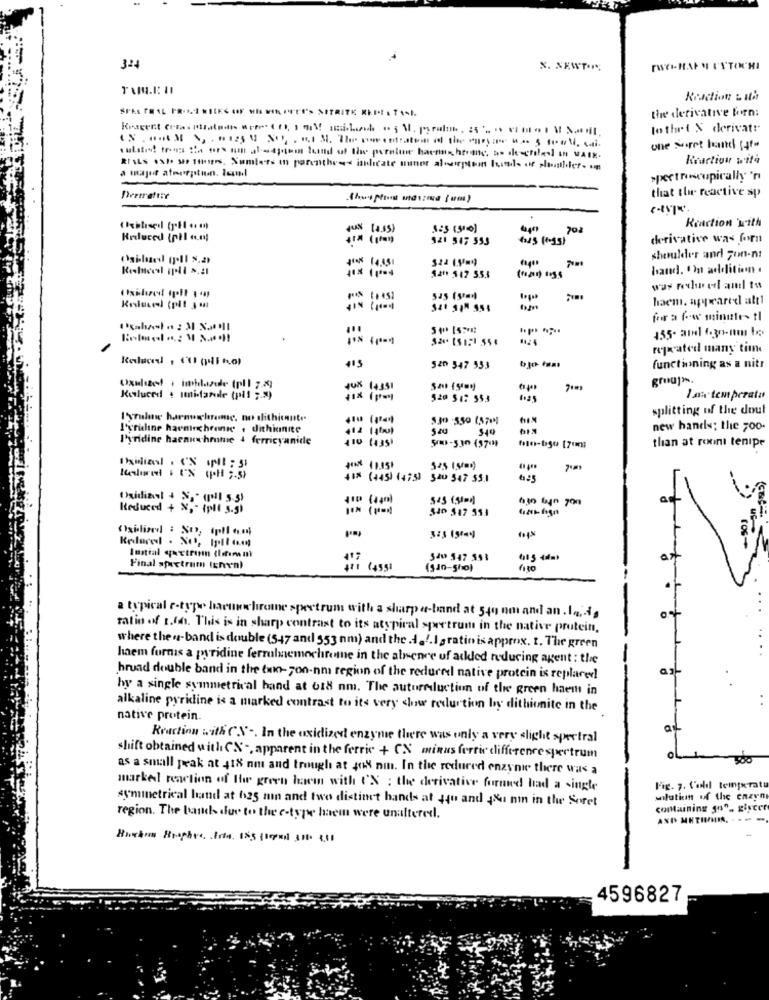
324
X. NEWTON
Kraction & ith
the derivative born:
to thet & derivatr
one foret band [4t-
subito fre I' ors non at-ajun fond of the pornline bacmais herane, as alectiles In WAIN.
Reaction wita
RIALS OS/ MP THIER, Sumiers in parenthes indicate nuner aloptom luisle of shoulder-
a major atnerption. lol
spectroscopically 'nı
that the reactive sp
Deerrettre
thous Minst mais um)
Reaction with
Reduced (pil a.m;
$21 547 553
derivative was fornt
shoulder and 700-n:
Reduced Ipli s.a
hand. In addition .
520 517 553
was reduced and to
Los
haem. appeared att1
Kesuvedl (plt 3 M
for a few minutes tl
4.55- and1 6.30-um bo
repr ated many time
520 547 533
functioning as a nitr
grouja.
JUX 14351
Kesluced . Imitaredle (pil ;. s)
520 512 553
I an temperata
splitting of the doul
I'srule harnweglame, no olithicante
5.30 -550 (57
I'sridine haeninchronic . dithiinite
540
new hands; the ,00
J'yridine haenuchrome 4 ferricyanide
+10 (135)
than at roont tenipe
flo-bgo [700)
*IN* (1.15)
$25 (,5mm)
*** (+45) (475)
540 547 55.1
625
Oxidiant + N.º (1 5.3)
VID (140)
545 651=))
Reduced + X ,- (pll 3.5)
Oxidized : So, ipll a.m.
Initial sactrenn (lorena un
Saw 547 55%
415 44mb
Final startrum (Enva)
471 (455)
(540-5h10)
a typical e-type harumchrome spectrum with a sharp a-band at 540 nm and an . la ,- ig
ratio of 1.on. This is in sharp contrast to its atypical spectrum in the native protein.
where the a-band is double (547 and 553 nm) and the .1.1.I gratin is approx. t. The green
haem furnas a pyridine ferrolmemochrome in the atrenre uf added reducing agent : the
broad double band in the fun-zon-nm region of the reduced native protein is replaced
hy a single symmetrical hand at 618 nm. The autoreduction of the green haem in
alkaline pyridine is a marked contrast to its very slow reduction by dithionite in the
native protein.
Reaction with ('S' -. In the oxidized enzyme there was only a very slight spectral
shift obtained with CX -, apparent in the ferric + CN minus ferri difference spectrum
oL
as a small peak at 418 am and trough at 468 nm. In the reduced enzyme there was a
marked reaction of the green haem with C'X : the derivative formed had a single
Fig. 7. Voll temperatu
symmetrical hand at 625 min and two distinct hands at you and JA nm in the Seret
solution of the enzyn
comMaining go", glycer
region. The bands due to the e-type haem were unaltered.
Huskun Bisphere. Irta. 155 (sonst 318 8,51
4596827